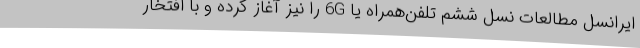
ایرانسل مطالعات نسل ششم تلفن‌همراه یا 6G را نیز آغاز کرده و با افتخار